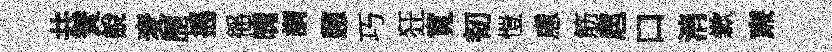
共賛說麦歴摇徭魄謂憩巧狂寬韧愷慮筋扈口消歉亷